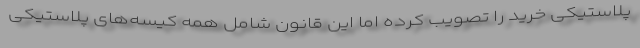
پلاستیکی خرید را تصویب کرده اما این قانون شامل همه کیسه‌های پلاستیکی